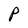
Character: P